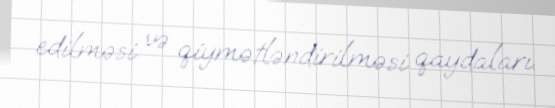
edilməsi və qiymətləndirilməsi qaydaları.